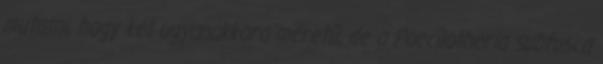
mutatni, hogy két ugyanakkora méretű, de a Poecilotheria subfusca